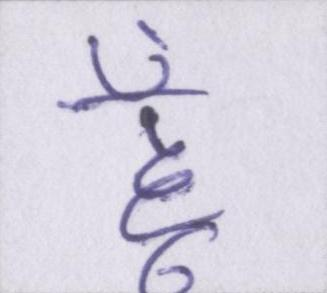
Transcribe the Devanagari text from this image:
हूँ